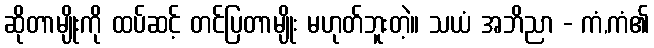
ဆိုတာမျိုးကို ထပ်ဆင့် တင်ပြတာမျိုး မဟုတ်ဘူးတဲ့။ သယံ အဘိညာ - ကံ,ကံ၏